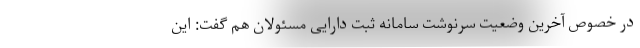
در خصوص آخرین وضعیت سرنوشت سامانه ثبت دارایی مسئولان هم گفت: این